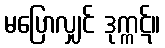
မပြောလျှင် ဒုက္ကဋ်။